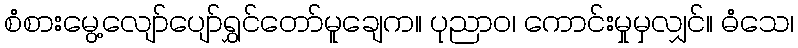
စံစားမွေ့လျော်ပျော်ရွှင်တော်မူချေက။ ပုညာဝ၊ ကောင်းမှုမှလျှင်။ ဓံသေ၊